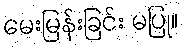
မေးမြန်းခြင်း မပြု။